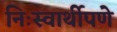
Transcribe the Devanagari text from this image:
निःस्वार्थीपणे